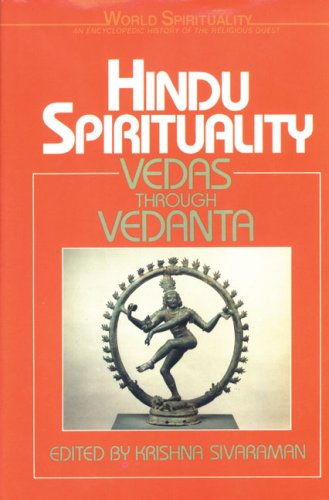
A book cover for Hindu Spirituality: Vedas Through Vedanta (World Spirituality); Religion & Spirituality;